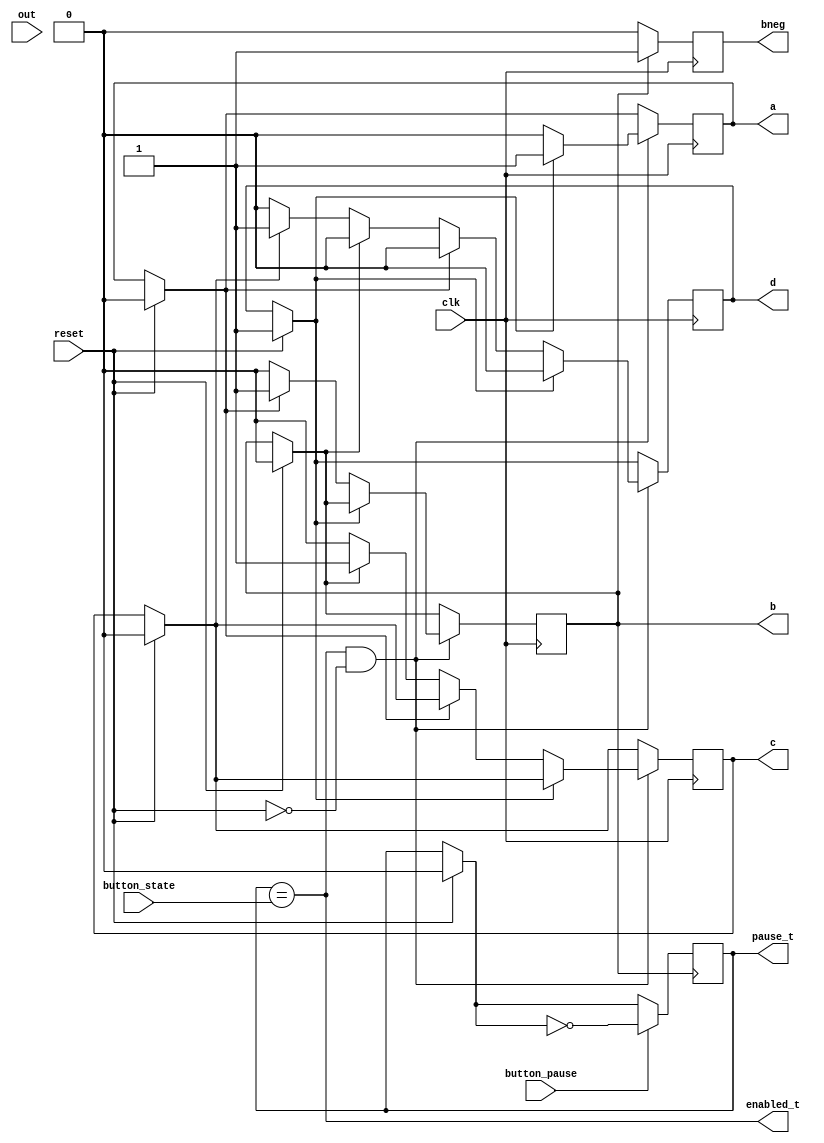
module Cycle_Generator (clk, a, b, c, d, bneg, reset, button_state, button_pause, pause_t, enabled_t, out);
	
	input clk, reset;							//clock verdadeiro do sistema
	input button_state;						//estado do boto de IO
	input button_pause;						//sinal de controle da pausa de IO
	input out;
	output reg a, b, c, d, bneg;			//ciclos do processador
	output wire pause_t;
	output wire enabled_t;
	
	reg pause;									//estado interno do clock divisor com relao ao IO
	wire enabled;								//flag indicando se pode prosseguir
	
	assign enabled = pause == button_state;
	assign pause_t = pause;
	assign enabled_t = enabled;
	
	//reg aneg, bneg, cneg, dneg;	//auxiliares pra manter os ciclos durando apenas meio ciclo de clock
	
	initial begin
		a = 0;
		b = 0;
		c = 0;
		d = 1;
		pause = 0;
	end
		
	always@(posedge clk)
		begin
			if(reset) begin
				a = 0;
				b = 0;
				c = 0;
				d = 1;
			end
			if (enabled && ~reset) begin
				if (d) begin
					a = 1;
					d = 0;
				end
				
				else if (a) begin
					b = 1;
					a = 0;
				end
				
				else if (b) begin
					c = 1;
					b = 0;
				end
				
				else if (c) begin
					d = 1;
					c = 0;
				end
			end
		end
		
	always@(posedge b)
		begin
			if(reset) begin
				pause = 0;
			end
			if(button_pause) begin
				pause = ~pause;
			end
		end
		
	always@(negedge clk)
		begin
			if(b)
				bneg = 1;
			else
				bneg = 0;
		end
	
endmodule